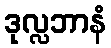
ဒုလ္လဘာနံ